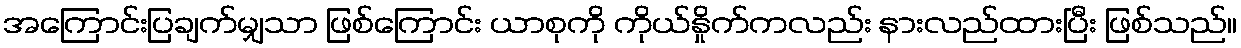
အကြောင်းပြချက်မျှသာ ဖြစ်ကြောင်း ယာစုကို ကိုယ်နှိုက်ကလည်း နားလည်ထားပြီး ဖြစ်သည်။